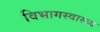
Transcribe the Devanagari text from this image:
विभागस्वास्थ्य